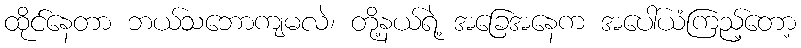
ထိုင်နေတာ ဘယ်သဘောကျမလဲ၊ တို့နယ်ရဲ့ အခြေအနေက အပေါ်ယံကြည့်တော့